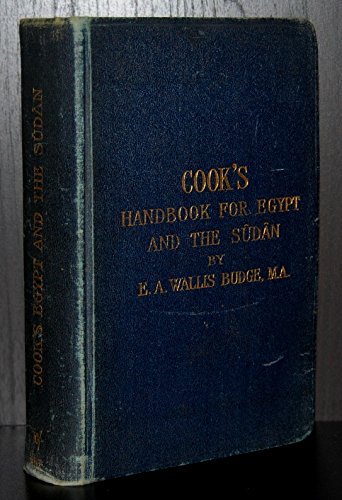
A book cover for Cook's handbook for Egypt and the Sudan. Second Edition; E. A. Wallis Budge; Travel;